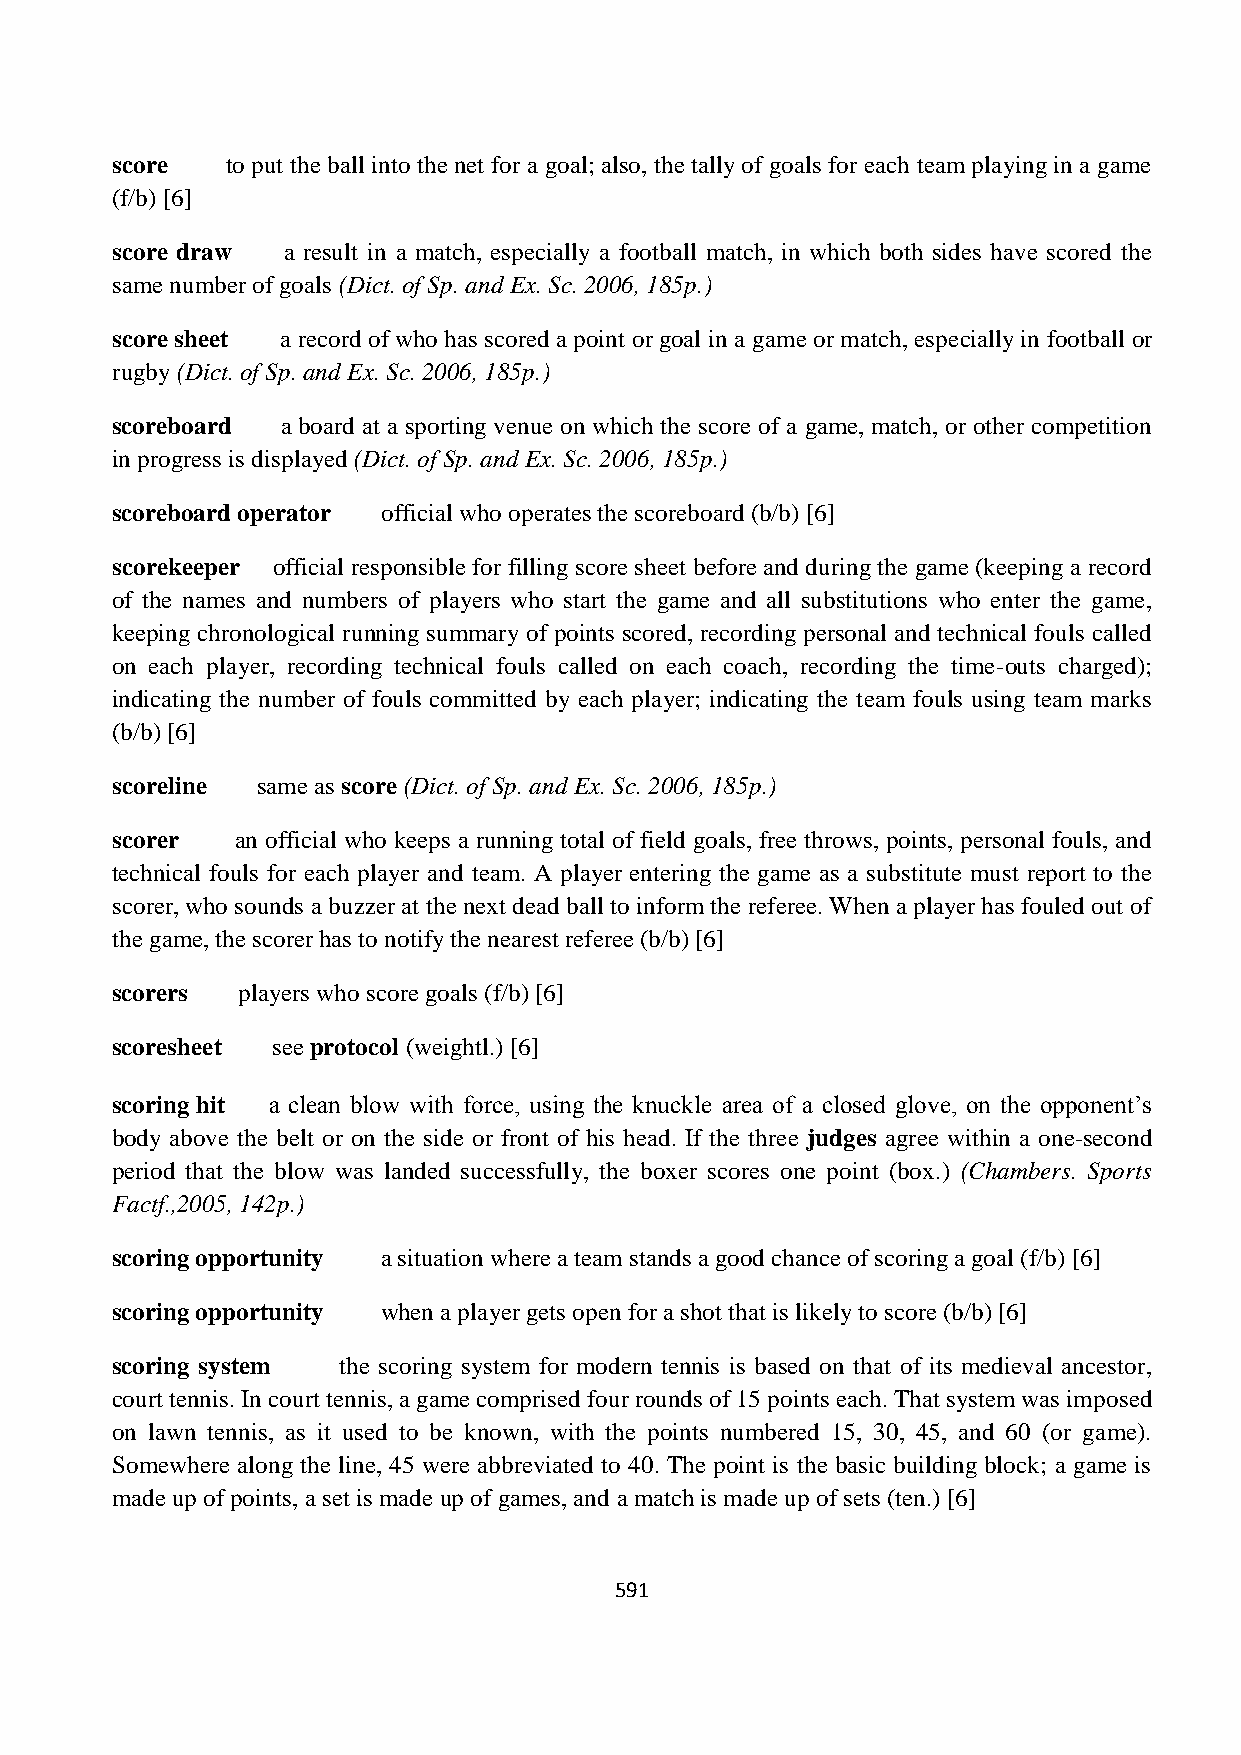
score   to put the ball into the net for a goal; also, the tally of goals for each team playing in a game
 (f/b) [6]
 score draw  a result in a match, especially a football match, in which both sides have scored the
 same number of goals (Dict. of Sp. and Ex. Sc. 2006, 185p.)
 score sheet a record of who has scored a point or goal in a game or match, especially in football or
 rugby (Dict. of Sp. and Ex. Sc. 2006, 185p.)
 scoreboard  a board at a sporting venue on which the score of a game, match, or other competition
 in progress is displayed (Dict. of Sp. and Ex. Sc. 2006, 185p.)
 scoreboard operator official who operates the scoreboard (b/b) [6]
 scorekeeper official responsible for filling score sheet before and during the game (keeping a record
 of the names and numbers of players who start the game and all substitutions who enter the game,
 keeping chronological running summary of points scored, recording personal and technical fouls called
 on each player, recording technical fouls called on each coach, recording the time-outs charged);
 indicating the number of fouls committed by each player; indicating the team fouls using team marks
 (b/b) [6]
 scoreline same as score (Dict. of Sp. and Ex. Sc. 2006, 185p.)
 scorer   an official who keeps a running total of field goals, free throws, points, personal fouls, and
 technical fouls for each player and team. A player entering the game as a substitute must report to the
 scorer, who sounds a buzzer at the next dead ball to inform the referee. When a player has fouled out of
 the game, the scorer has to notify the nearest referee (b/b) [6]
 scorers  players who score goals (f/b) [6]
 scoresheet see protocol (weightl.) [6]
 scoring hit a clean blow with force, using the knuckle area of a closed glove, on the opponent‟s
 body above the belt or on the side or front of his head. If the three judges agree within a one-second
 period that the blow was landed successfully, the boxer scores one point (box.) (Chambers. Sports
 Factf.,2005, 142p.)
 scoring opportunity a situation where a team stands a good chance of scoring a goal (f/b) [6]
 scoring opportunity when a player gets open for a shot that is likely to score (b/b) [6]
 scoring system the scoring system for modern tennis is based on that of its medieval ancestor,
 court tennis. In court tennis, a game comprised four rounds of 15 points each. That system was imposed
 on lawn tennis, as it used to be known, with the points numbered 15, 30, 45, and 60 (or game).
 Somewhere along the line, 45 were abbreviated to 40. The point is the basic building block; a game is
 made up of points, a set is made up of games, and a match is made up of sets (ten.) [6]
 591